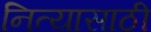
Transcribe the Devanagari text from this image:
नित्यासाठी